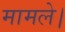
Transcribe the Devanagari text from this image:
मामले।